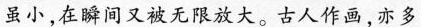
虽小，在瞬间又被无限放大。古人作画，亦多